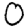
Digit: 0